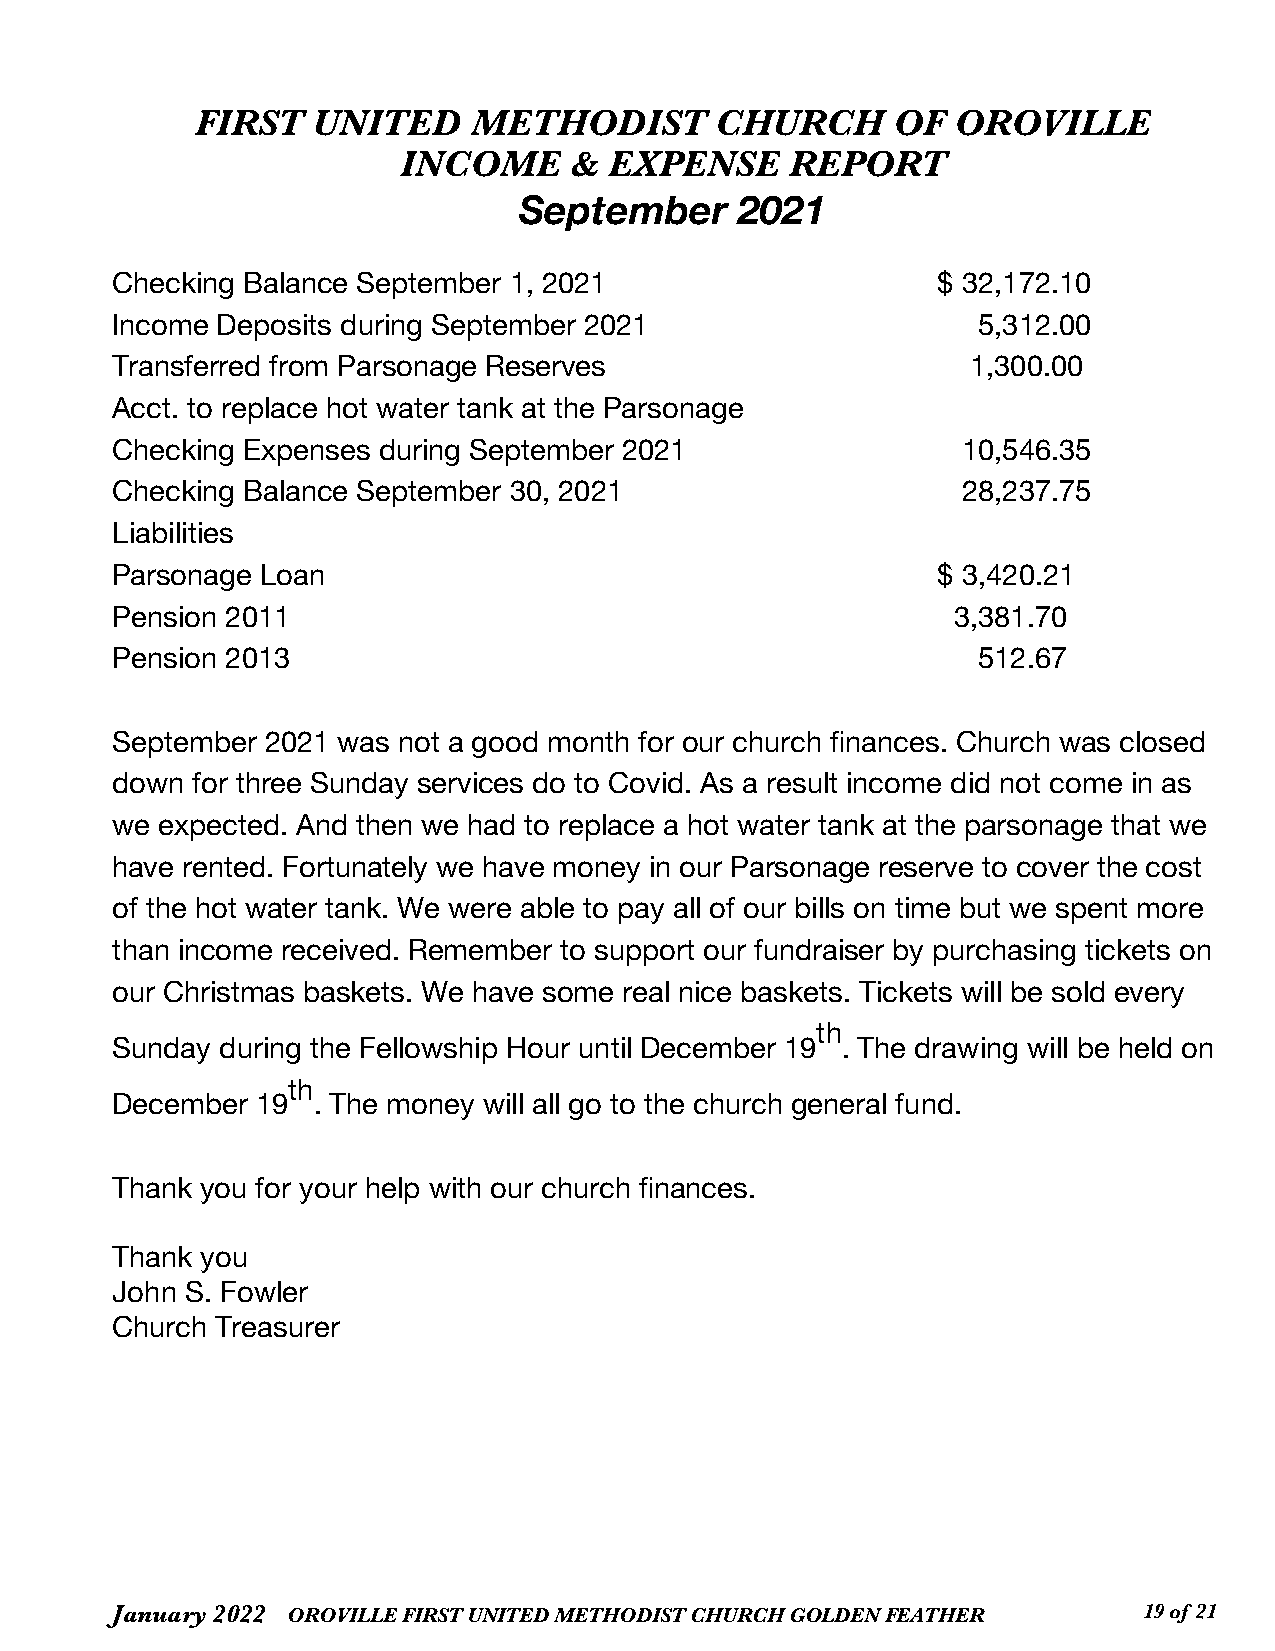
FIRST   UNITED    METHODIST       CHURCH      OF  OROVILLE
 INCOME      & EXPENSE     REPORT
 September      2021
 Checking Balance September 1, 2021                     $ 32,172.10
 Income Deposits during September 2021                     5,312.00
 Transferred from Parsonage Reserves                      1,300.00
 Acct. to replace hot water tank at the Parsonage
 Checking Expenses during September 2021                  10,546.35
 Checking Balance September 30, 2021                      28,237.75
 Liabilities
 Parsonage Loan                                         $ 3,420.21
 Pension 2011                                            3,381.70
 Pension 2013                                              512.67
 September  2021 was not a good month for our church finances. Church was closed
 down  for three Sunday services do to Covid. As a result income did not come in as
 we expected. And then we had to replace a hot water tank at the parsonage that we
 have rented. Fortunately we have money in our Parsonage reserve to cover the cost
 of the hot water tank. We were able to pay all of our bills on time but we spent more
 than income received. Remember to support our fundraiser by purchasing tickets on
 our Christmas baskets. We have some real nice baskets. Tickets will be sold every
 th
 Sunday  during the Fellowship Hour until December 19 . The drawing will be held on
 th
 December  19  . The money will all go to the church general fund.
 Thank you for your help with our church finances.
 Thank you
 John S. Fowler
 Church Treasurer
 January 2022 OROVILLE FIRST UNITED METHODIST CHURCH GOLDEN FEATHER   1 9 of 21